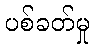
ပစ်ခတ်မှု